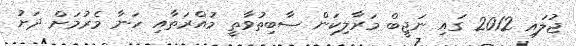
ޖުލައި 2012 ގައި ނަޖީބް މަރާލިކަން ސާބިތުވާތީ މުއްރަތާއި ހަނާ މެރުމަށް ދަށު